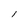
Character: l